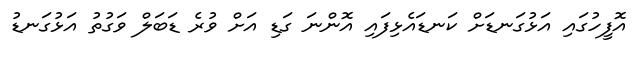
އޮފީހުގައި އަޅުގަނޑަށް ކަނޑައެޅިފައި އޮންނަ ގަޑި އަށް ވުރެ ޑަބަލް ވަގުތު އަޅުގަނޑު